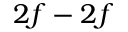
2 f - 2 f